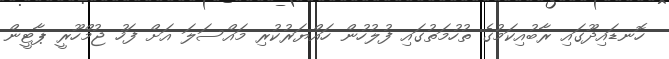
ހޮނޑައިދޫގައި ރާބުއިކަމުގެ ތުހުމަތުގައި ފުލުހުން ހައްޔަރުކުރި މައްސަލަ އަށް ފަހު ޖުމްހޫރީ ޕާޓީން